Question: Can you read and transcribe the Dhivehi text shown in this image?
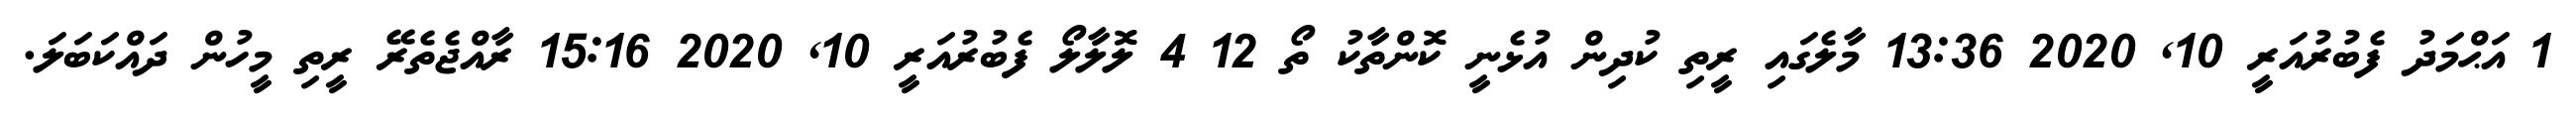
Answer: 1 އަޙްމަދު ފެބުރުއަރީ 10, 2020 13:36 މާލެގައި ރީތި ކުދިން އުޅެނީ ކޮންތާކު ތޯ 12 4 ލޮލާލޯ ފެބުރުއަރީ 10, 2020 15:16 ރާއްޖެތެރޭ ރީތި މީހުން ދައްކަބަލަ.